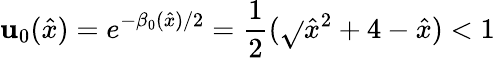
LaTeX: \mathbf{u}_{0}({\hat{{x}}})=e^{-\beta_{0}({\hat{{x}}})/2}=\frac{{1}}{{2}}(\sqrt{}{{{\hat{{x}}}^{2}+4}}-{\hat{{x}}})<1